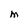
Character: M